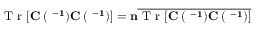
\mathrm { ~ T ~ r ~ } [ \bf { C \Xi } ( { \bf \Lambda } ^ { - 1 } ) \bf { C \Xi } ( { \bf \Lambda } ^ { - 1 } ) ] = n \overline { { \mathrm { ~ T ~ r ~ } [ \bf { C \Xi } ( { \bf \Lambda } ^ { - 1 } ) { \bf C \Xi } ( { \bf \Lambda } ^ { - 1 } ) ] } }